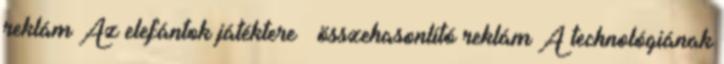
reklám Az elefántok játéktere – összehasonlító reklám A technológiának